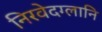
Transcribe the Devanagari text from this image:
निरवेदग्लानि